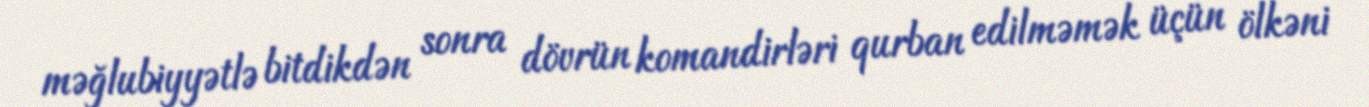
məğlubiyyətlə bitdikdən sonra dövrün komandirləri qurban edilməmək üçün ölkəni